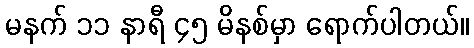
မနက် ၁၁ နာရီ ၄၅ မိနစ်မှာ ရောက်ပါတယ်။